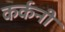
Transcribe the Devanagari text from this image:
कर्कनी